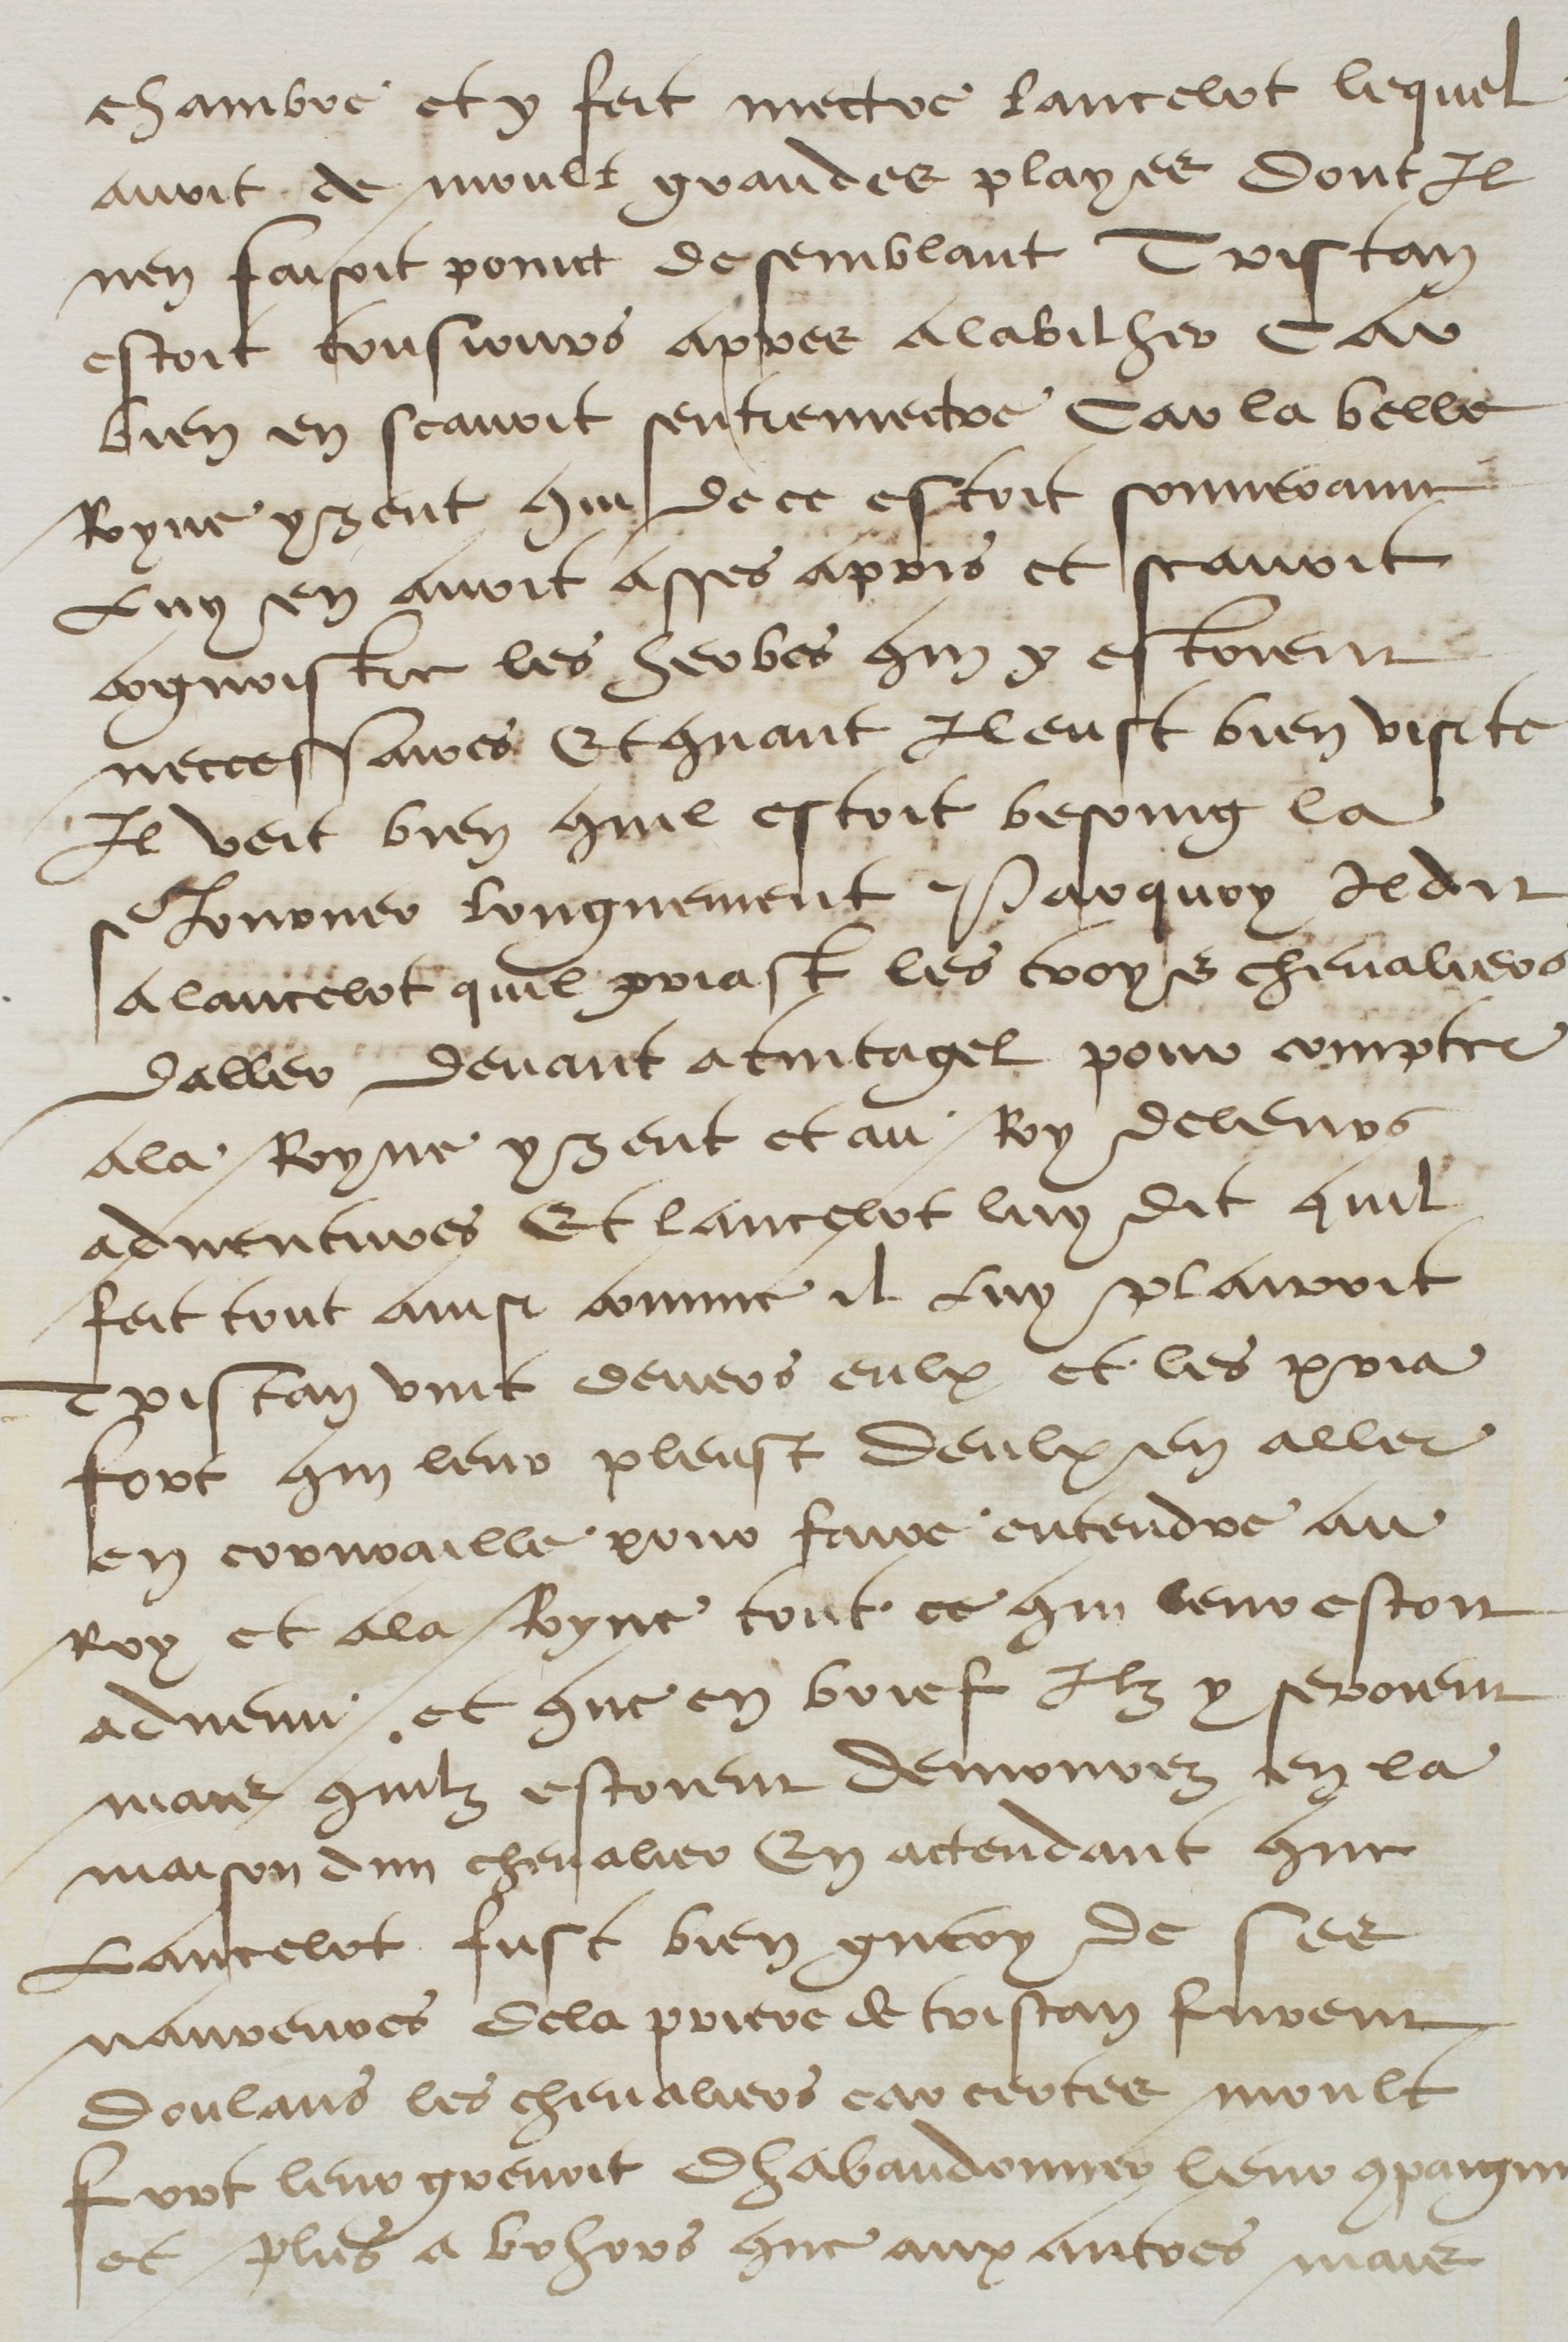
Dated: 1500–1599